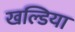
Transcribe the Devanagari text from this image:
खल्डिया